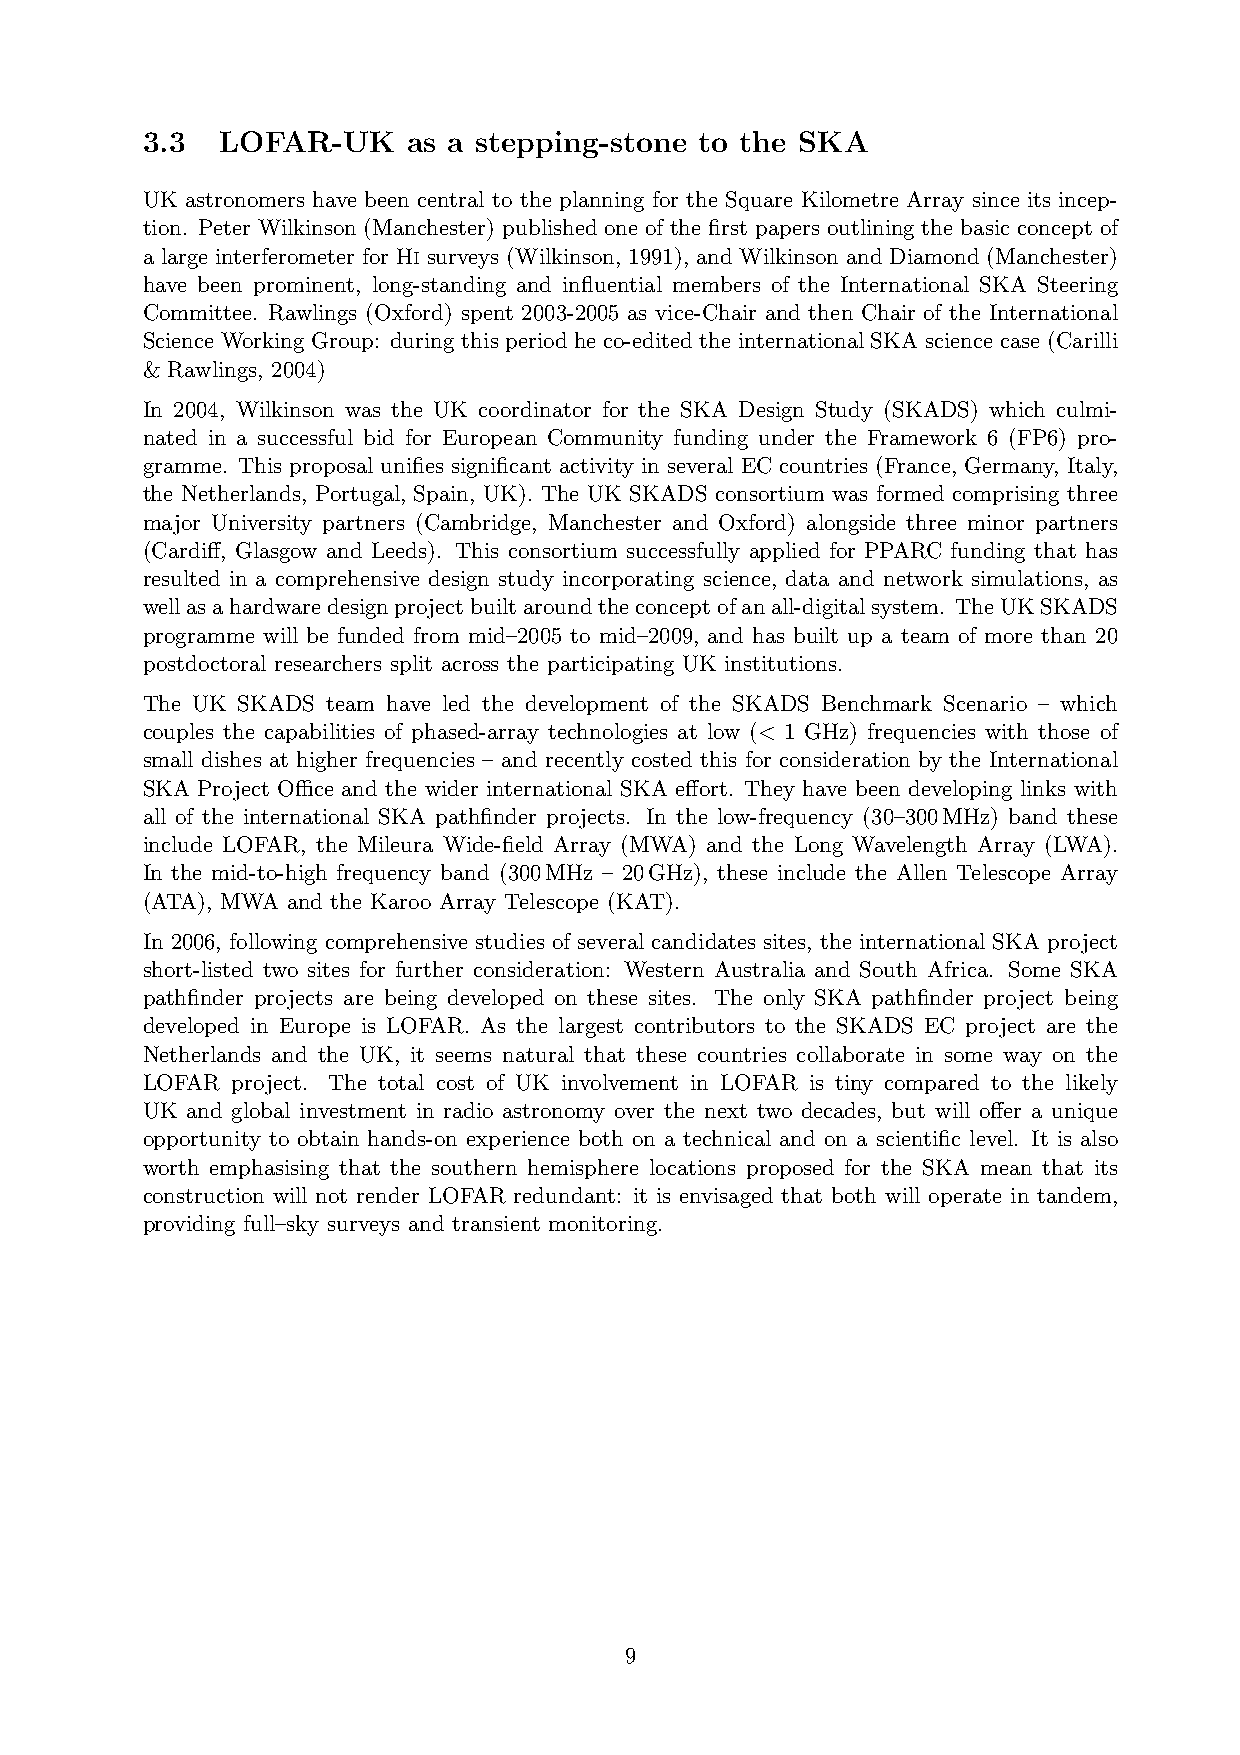
3.3   LOFAR-UK    as a stepping-stone to the SKA
 UK astronomers have been central to the planning for the Square Kilometre Array since its incep-
 tion. Peter Wilkinson (Manchester) published one of the first papers outlining the basic concept of
 a large interferometer for Hi surveys (Wilkinson, 1991), and Wilkinson and Diamond (Manchester)
 have been prominent, long-standing and influential members of the International SKA Steering
 Committee. Rawlings (Oxford) spent 2003-2005 as vice-Chair and then Chair of the International
 Science Working Group: during this period he co-edited the international SKA science case (Carilli
 & Rawlings, 2004)
 In 2004, Wilkinson was the UK coordinator for the SKA Design Study (SKADS) which culmi-
 nated in a successful bid for European Community funding under the Framework 6 (FP6) pro-
 gramme. This proposal unifies significant activity in several EC countries (France, Germany, Italy,
 the Netherlands, Portugal, Spain, UK). The UK SKADS consortium was formed comprising three
 major University partners (Cambridge, Manchester and Oxford) alongside three minor partners
 (Cardiff, Glasgow and Leeds). This consortium successfully applied for PPARC funding that has
 resulted in a comprehensive design study incorporating science, data and network simulations, as
 wellasahardwaredesignprojectbuiltaroundtheconceptofanall-digitalsystem. TheUKSKADS
 programme will be funded from mid–2005 to mid–2009, and has built up a team of more than 20
 postdoctoral researchers split across the participating UK institutions.
 The UK SKADS team have led the development of the SKADS Benchmark Scenario – which
 couples the capabilities of phased-array technologies at low (< 1 GHz) frequencies with those of
 small dishes at higher frequencies – and recently costed this for consideration by the International
 SKA Project Office and the wider international SKA effort. They have been developing links with
 all of the international SKA pathfinder projects. In the low-frequency (30–300MHz) band these
 include LOFAR, the Mileura Wide-field Array (MWA) and the Long Wavelength Array (LWA).
 In the mid-to-high frequency band (300MHz – 20GHz), these include the Allen Telescope Array
 (ATA), MWA and the Karoo Array Telescope (KAT).
 In 2006, following comprehensive studies of several candidates sites, the international SKA project
 short-listed two sites for further consideration: Western Australia and South Africa. Some SKA
 pathfinder projects are being developed on these sites. The only SKA pathfinder project being
 developed in Europe is LOFAR. As the largest contributors to the SKADS EC project are the
 Netherlands and the UK, it seems natural that these countries collaborate in some way on the
 LOFAR project. The total cost of UK involvement in LOFAR is tiny compared to the likely
 UK and global investment in radio astronomy over the next two decades, but will offer a unique
 opportunity to obtain hands-on experience both on a technical and on a scientific level. It is also
 worth emphasising that the southern hemisphere locations proposed for the SKA mean that its
 construction will not render LOFAR redundant: it is envisaged that both will operate in tandem,
 providing full–sky surveys and transient monitoring.
 9